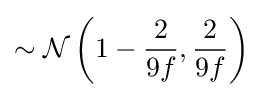
\sim {\mathcal {N}}\left(1-{\frac {2}{9f}},{\frac {2}{9f}}\right)